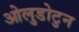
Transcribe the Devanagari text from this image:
ओलुडोटुन